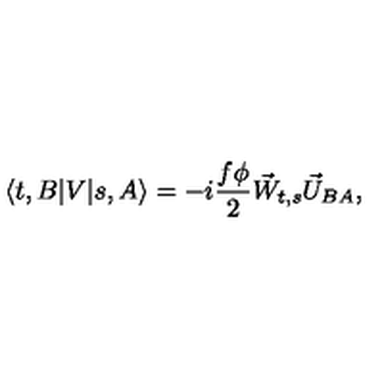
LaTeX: \langle t , B | V | s , A \rangle = - i \frac { f \phi } { 2 } \vec { W } _ { t , s } \vec { U } _ { B A } ,